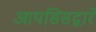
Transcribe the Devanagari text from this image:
आयसिसद्वारे